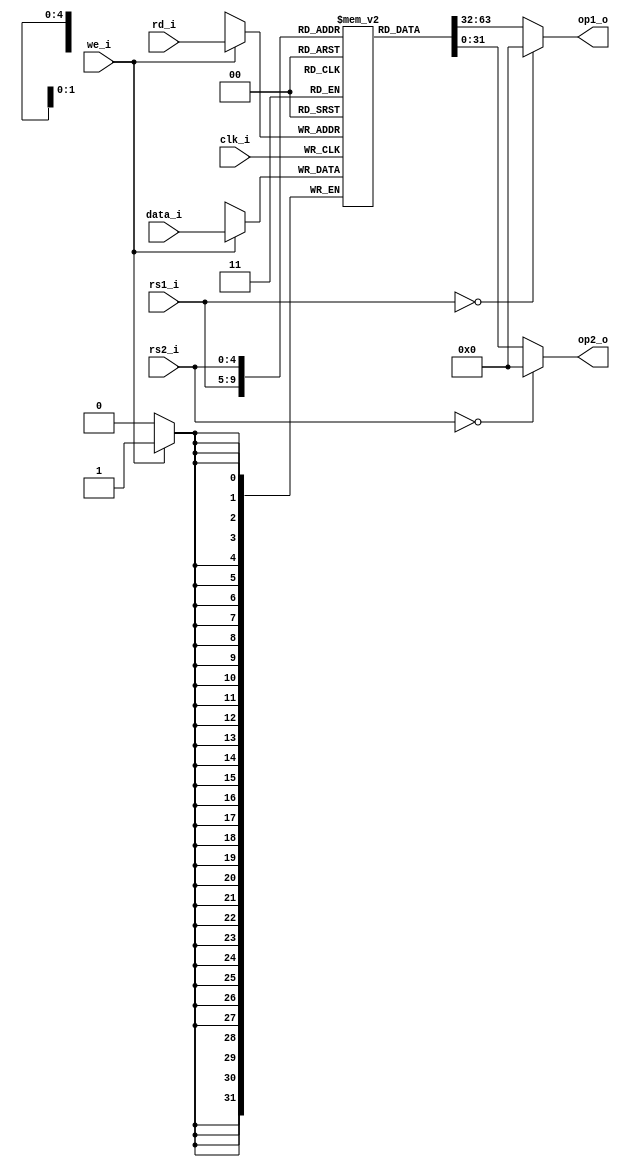
module RegisterFile #(
    parameter XLEN = 32
) (
    input   clk_i,
    input   we_i,
    input   [$clog2(XLEN)-1:0] rs1_i,
    input   [$clog2(XLEN)-1:0] rs2_i,
    input   [$clog2(XLEN)-1:0] rd_i,
    input   [XLEN-1:0] data_i,
    output  [XLEN-1:0] op1_o,
    output  [XLEN-1:0] op2_o
);
    // Registers x0 ... x31
    reg [XLEN-1:0] x[31:0];
    
    // x0 (zero register) always returns 0
    assign op1_o = rs1_i == 0 ? 0 : x[rs1_i];
    assign op2_o = rs2_i == 0 ? 0 : x[rs2_i];
    
    always @(posedge clk_i) begin
        if (we_i) x[rd_i] <= data_i;
    end
endmodule